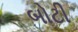
બોટી